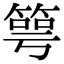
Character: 𥯳